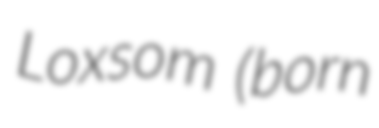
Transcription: Loxsom (born